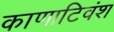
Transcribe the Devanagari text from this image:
काणाटिवंश